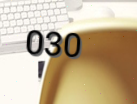
030